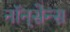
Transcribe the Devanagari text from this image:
नॉन्‌सेन्स